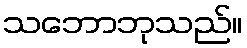
သဘောဘုသည်။